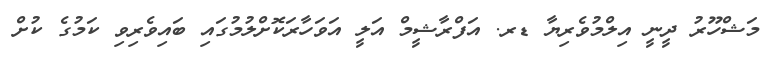
މަޝްހޫރު ދީނީ އިލްމުވެރިޔާ ޑރ. އަފްރާޝީމް އަލީ އަވަހާރަކޮށްލުމުގައި ބައިވެރިވި ކަމުގެ ކުށް